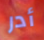
أدر